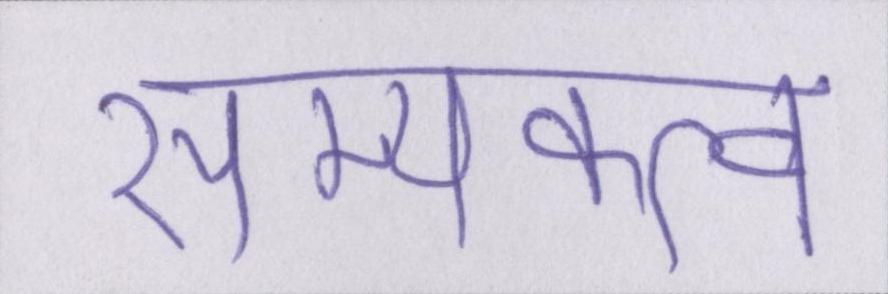
सम्यक्त्व